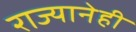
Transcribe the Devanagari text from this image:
राज्यानेही